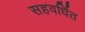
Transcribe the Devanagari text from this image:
सहवर्धित